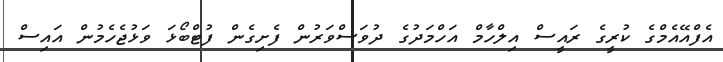
އެފްއޭއެމްގެ ކުރީގެ ރައީސް އިލްހާމް އަހްމަދުގެ ދުވަސްވަރުން ފެށިގެން ފުޓްބޯޅަ ވަޅުޖެހެމުން އައިސް